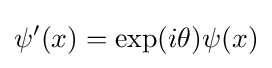
\psi '(x)=\exp(i\theta )\psi (x)